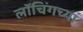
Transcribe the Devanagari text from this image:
लॉचिंगच्या